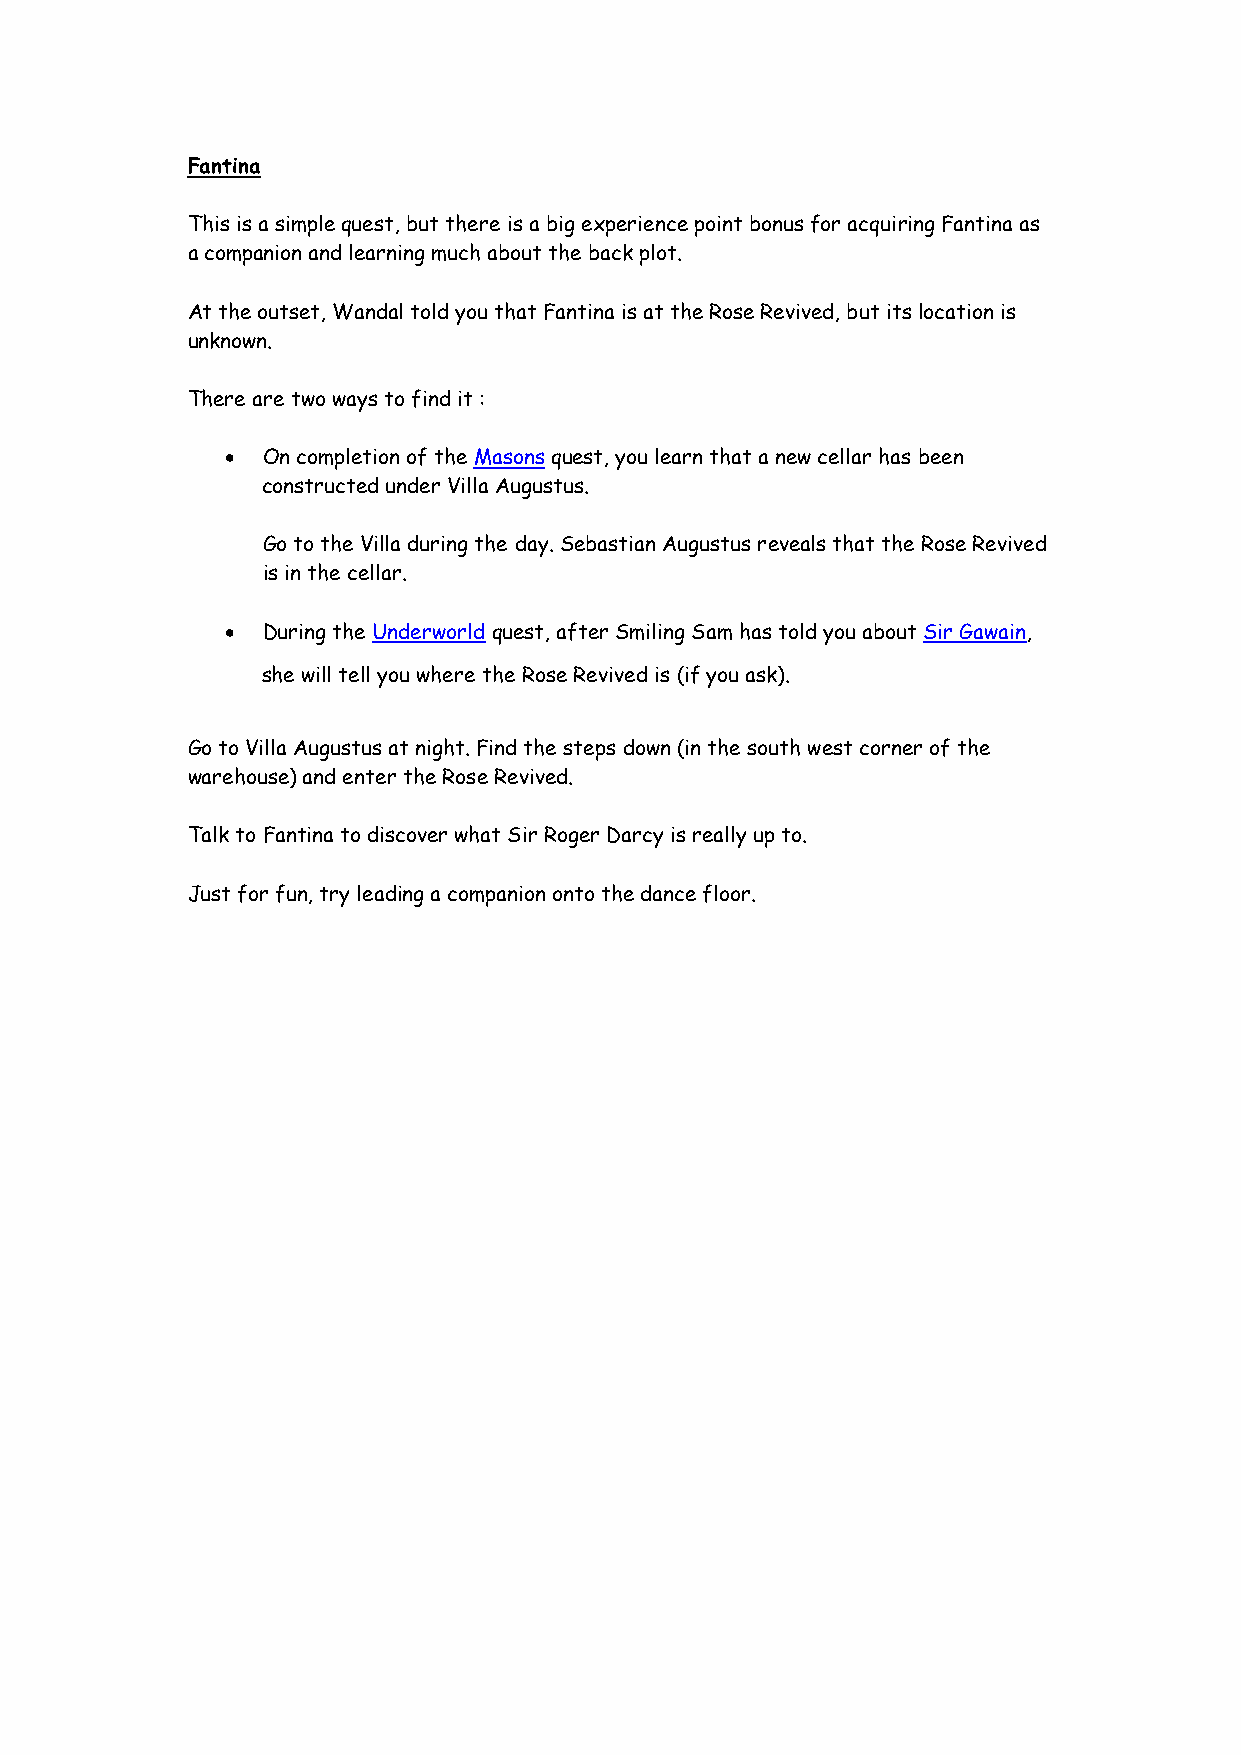
Fantina
 This is a simple quest, but there is a big experience point bonus for acquiring Fantina as
 a companion and learning much about the back plot.
 At the outset, Wandal told you that Fantina is at the Rose Revived, but its location is
 unknown.
 There are two ways to find it :
 • On completion of the Masons quest, you learn that a new cellar has been
 constructed under Villa Augustus.
 Go to the Villa during the day. Sebastian Augustus reveals that the Rose Revived
 is in the cellar.
 • During the Underworld quest, after Smiling Sam has told you about Sir Gawain,
 she will tell you where the Rose Revived is (if you ask).
 Go to Villa Augustus at night. Find the steps down (in the south west corner of the
 warehouse) and enter the Rose Revived.
 Talk to Fantina to discover what Sir Roger Darcy is really up to.
 Just for fun, try leading a companion onto the dance floor.